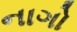
નાગો